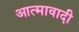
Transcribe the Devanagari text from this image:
आत्मावादी